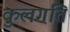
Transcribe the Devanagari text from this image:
कुलगति